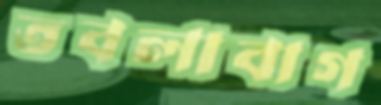
তবলাবাগ